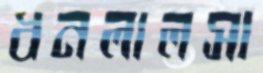
ধনলালসা